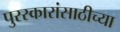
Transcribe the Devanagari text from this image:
पुरस्कारांसाठीच्या